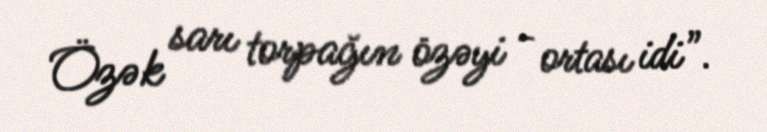
Özək sarı torpağın özəyi - ortası idi”.